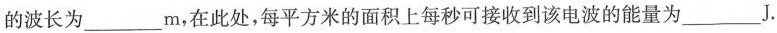
的波长为___ m，在此处，每平方米的面积上每秒可接收到该电波的能量为___ J.